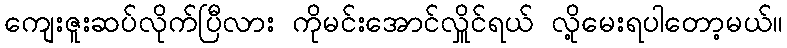
ကျေးဇူးဆပ်လိုက်ပြီလား ကိုမင်းအောင်လှိူင်ရယ် လို့မေးရပါတော့မယ်။